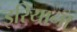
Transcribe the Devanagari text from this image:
इरियाना